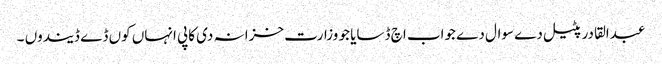
عبدالقادر پٹیل دے سوال دے جواب اچ ڈسایا جو وزارت خزانہ دی کاپی انہاں کوں ڈے ڈیندوں ۔